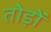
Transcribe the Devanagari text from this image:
तोड़ों